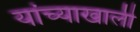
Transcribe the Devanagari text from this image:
यांच्याखाली